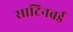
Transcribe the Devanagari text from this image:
साटिनबर्ड